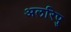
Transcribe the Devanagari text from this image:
अलरिपु